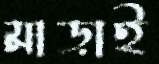
মাড়াই